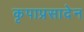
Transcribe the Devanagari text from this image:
कृपाप्रसादेन